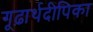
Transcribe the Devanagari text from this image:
गूढ़ार्थदीपिका